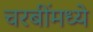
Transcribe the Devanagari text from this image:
चरबींमध्ये